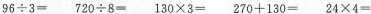
$$9 6 \div 3 =$$ $$7 2 0 \div 8 =$$ $$1 3 0 \times 3 =$$ $$2 7 0 + 1 3 0 =$$ $$2 4 \times 4 =$$